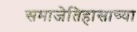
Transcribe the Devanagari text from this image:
समाजेतिहासाच्या